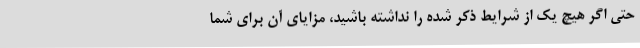
حتی اگر هیچ یک از شرایط ذکر شده را نداشته باشید، مزایای آن برای شما